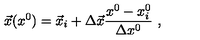
\vec { x } ( x ^ { 0 } ) = \vec { x } _ { i } + \Delta \vec { x } \frac { x ^ { 0 } - x _ { i } ^ { 0 } } { \Delta x ^ { 0 } } \ ,